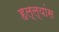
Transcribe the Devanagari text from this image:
हल्ल्यांस